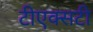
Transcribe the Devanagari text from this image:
टीएक्सटी